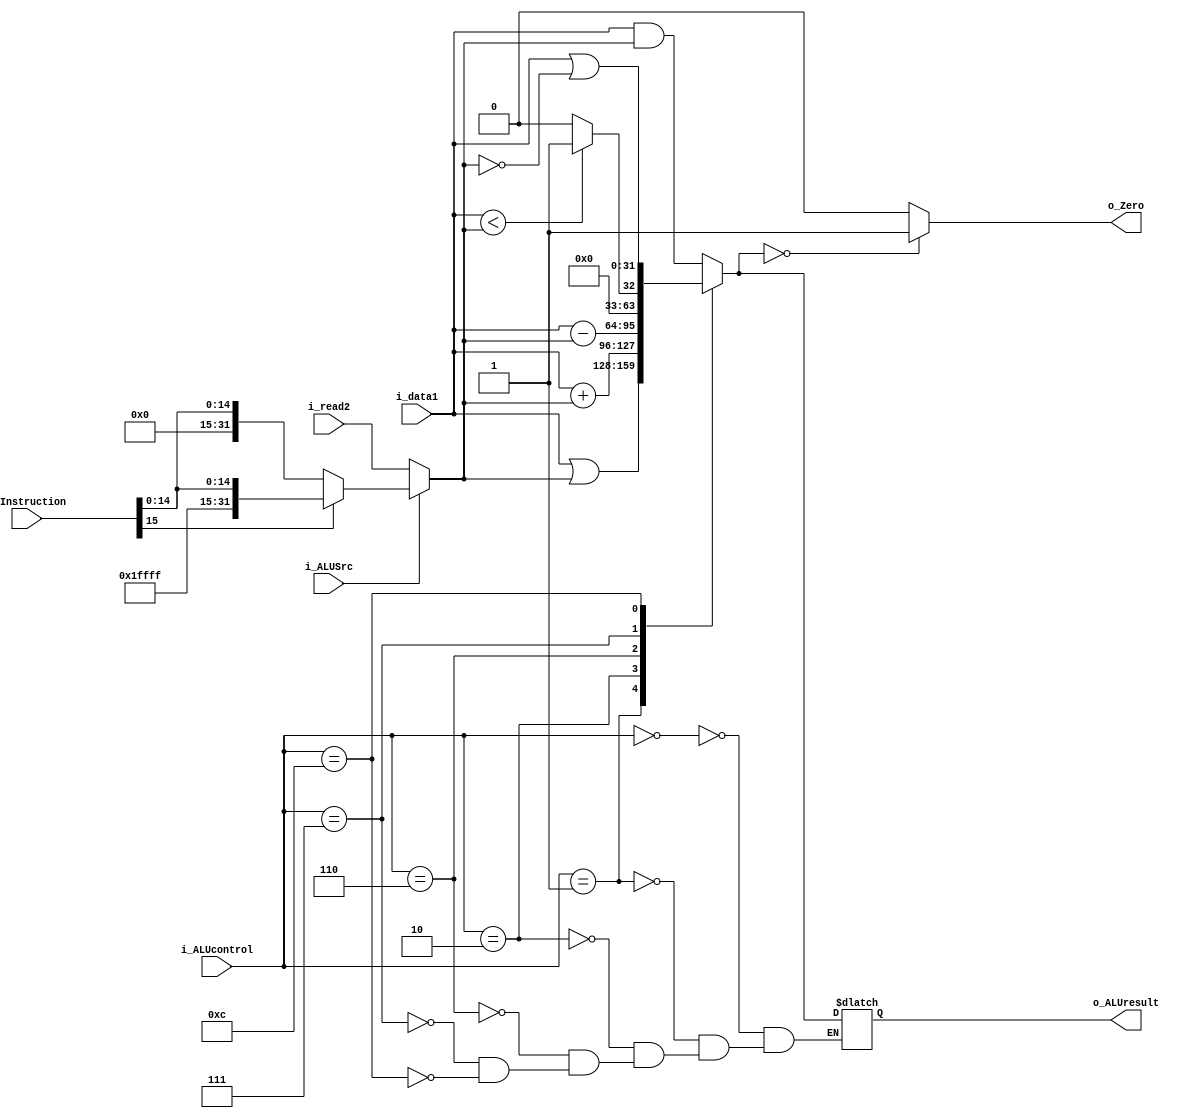
// This program was cloned from: https://github.com/conneroisu/single-cycle-mips-verilog
// License: MIT License

`timescale 1ns / 1ps
module ALU (
    input      [31:0] i_data1,        // data 1
    input      [31:0] i_read2,        // data 2 from MUX
    input      [31:0] i_Instruction,  // used for sign-extension
    input             i_ALUSrc,
    input      [ 3:0] i_ALUcontrol,
    output reg        o_Zero,
    output reg [31:0] o_ALUresult
);
  reg [31:0] data2;
  always @(i_ALUSrc, i_read2, i_Instruction) begin
    if (i_ALUSrc == 0) begin
      data2 = i_read2;
    end else begin
      if (i_Instruction[15] == 1'b0) begin
        data2 = {16'b0, i_Instruction[15:0]};
      end else begin
        data2 = {{16{1'b1}}, i_Instruction[15:0]};
      end
    end
  end
  always @(i_data1, data2, i_ALUcontrol) begin
    case (i_ALUcontrol)
      4'b0000:  // AND
      o_ALUresult = i_data1 & data2;
      4'b0001:  // OR
      o_ALUresult = i_data1 | data2;
      4'b0010:  // ADD
      o_ALUresult = i_data1 + data2;
      4'b0110:  // SUB
      o_ALUresult = i_data1 - data2;
      4'b0111:  // SLT
      o_ALUresult = (i_data1 < data2) ? 1 : 0;
      4'b1100:  // NOR
      o_ALUresult = i_data1 | ~data2;
      default: ;
    endcase
    if (o_ALUresult == 0) begin
      o_Zero = 1;
    end else begin
      o_Zero = 0;
    end
  end
endmodule